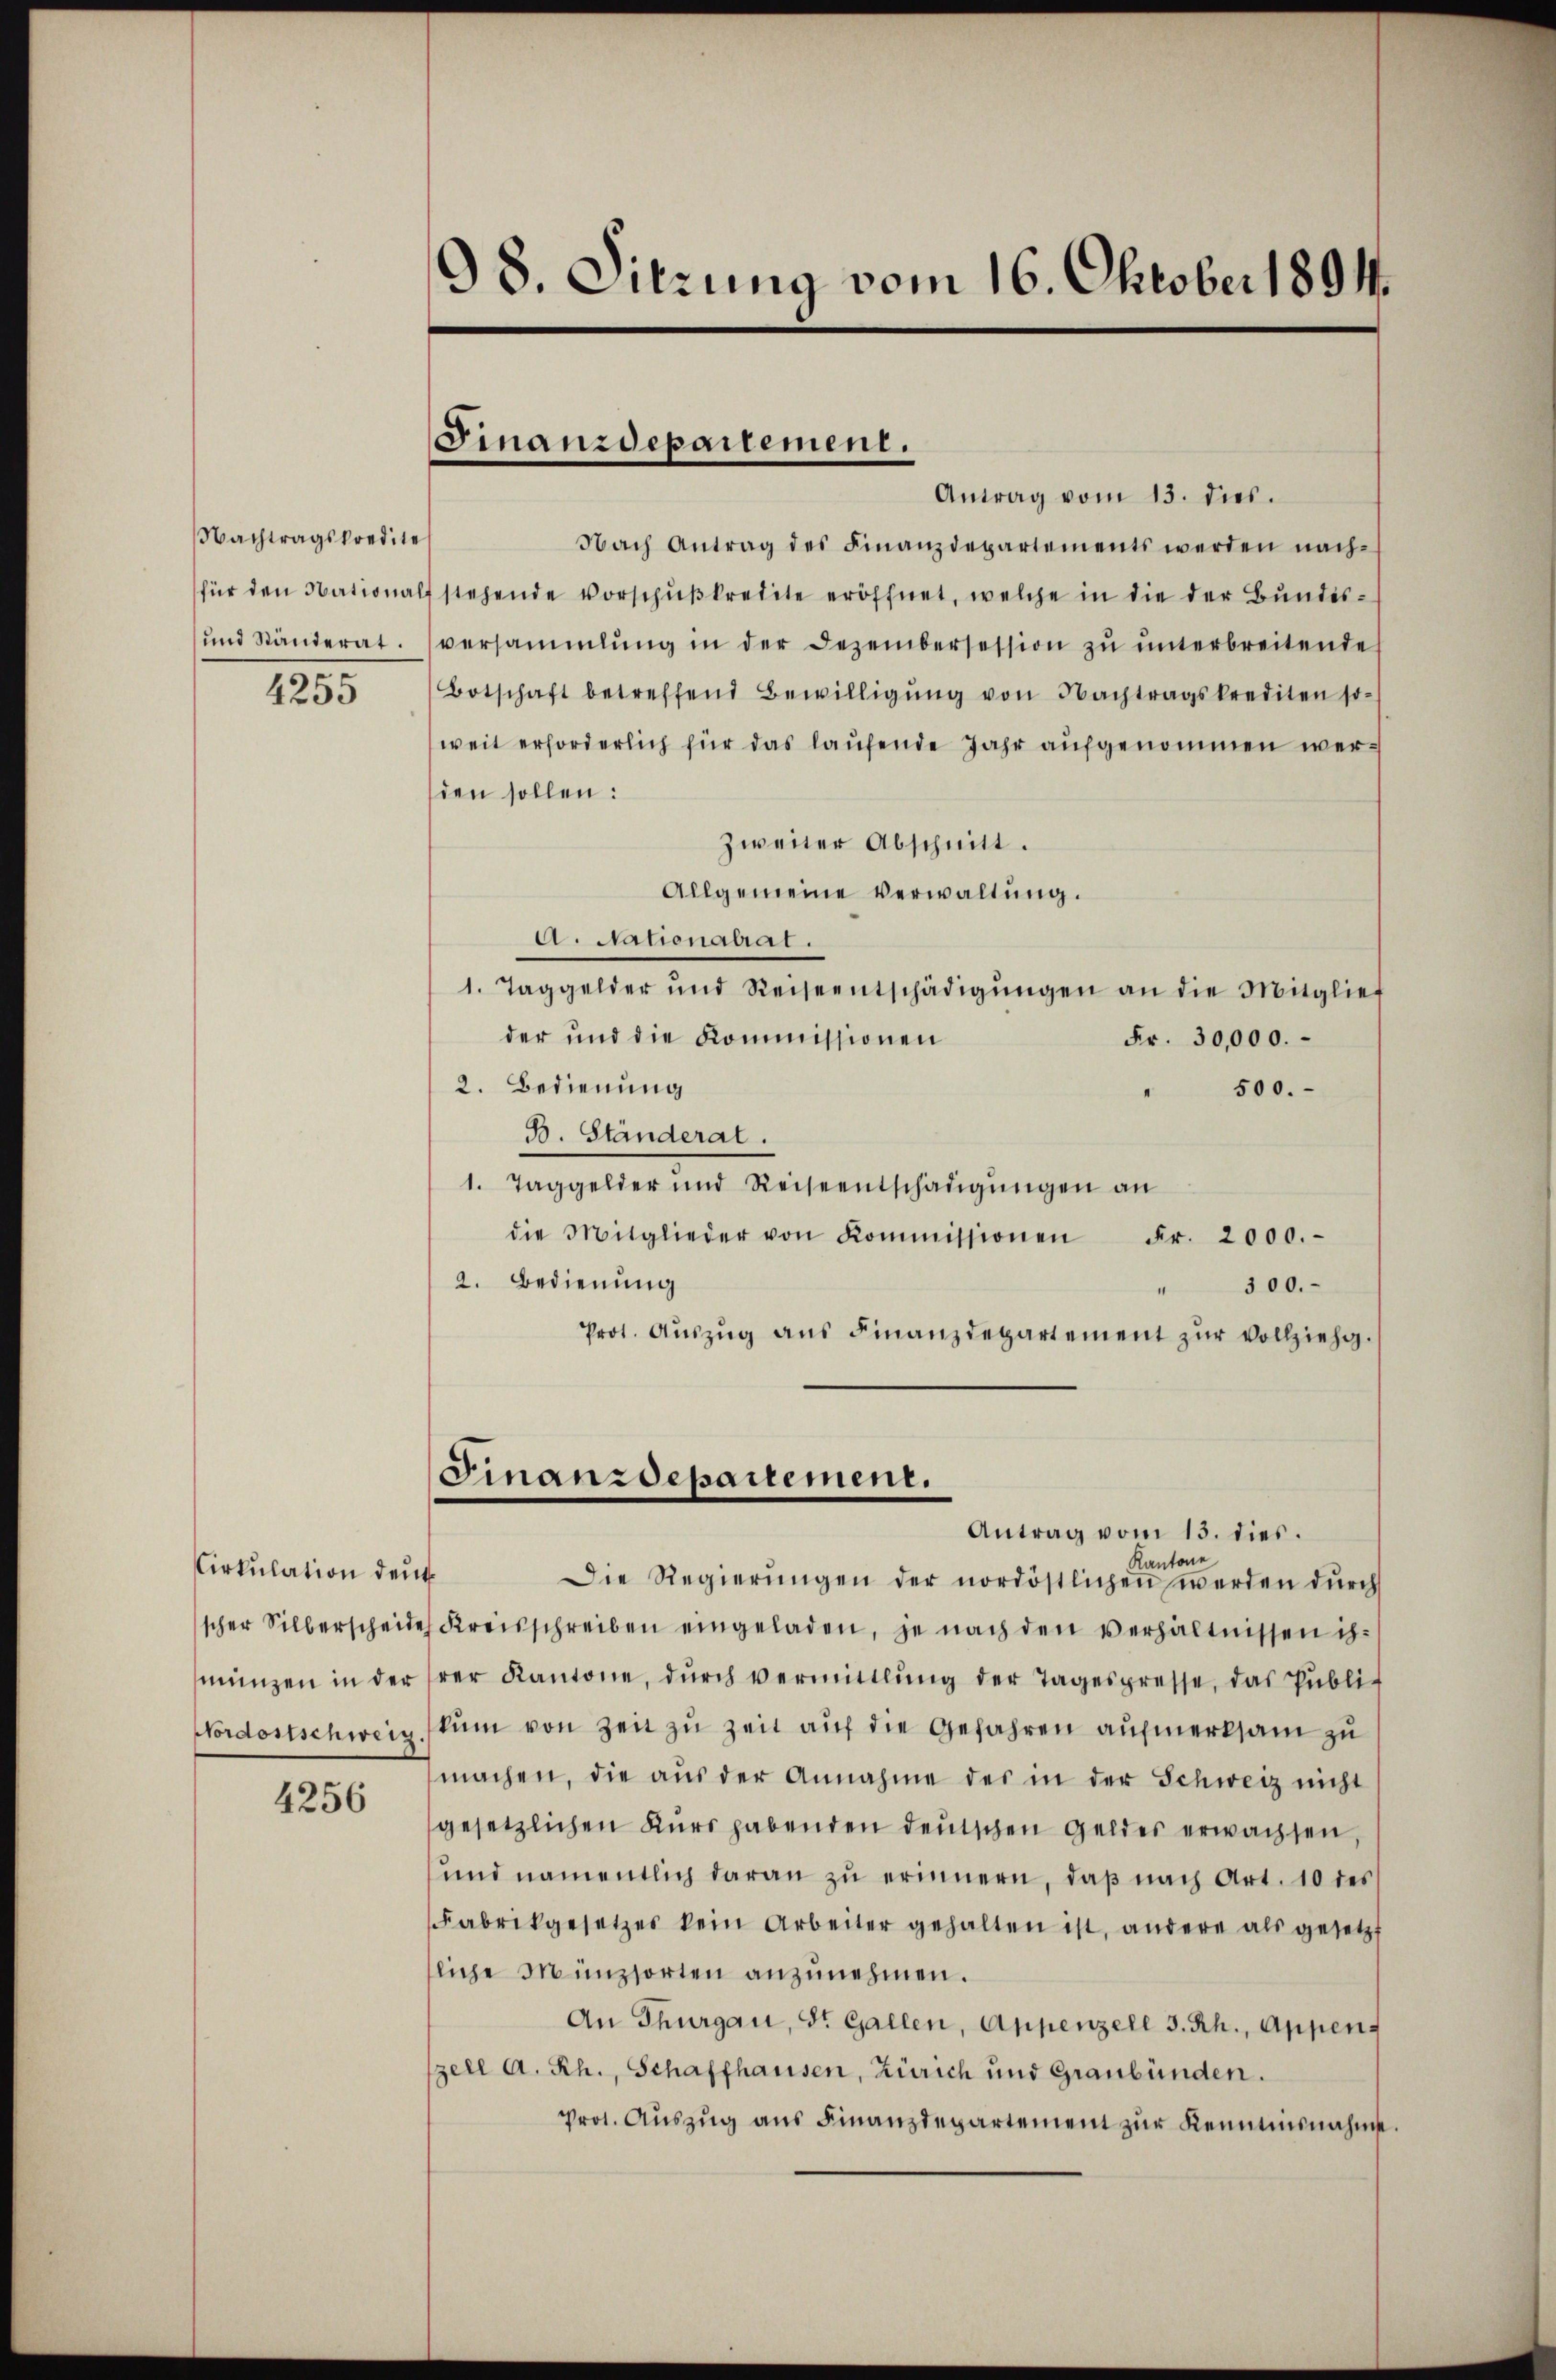
Nachtragskredite
für den National
und Ständerat.
4255

Cirkulation den
münzen in der
Nordostschweiz.

4256

98. Sitzung vom 16. Oktober 1891.

Finanzdepartement.
Antrag vom 13. dies.

Nach Antrag des Finanzdepartements werden nach-
f stehende Vorschußkredite eröffnet, welche in die der Bundesversammlung in der Dezembersession zu unterbreitende
Botschaft betreffend Bewilligŭng von Nachtragskrediten so-
weit erforderlich für das laufende Jahr aufgenommen wersden sollen:
zweiter Abschnitt.
Allgemeine Verwaltung.
A. Nationalrat.
1. Taggelder und Reiseentschädigŭngen an die Mitglief
der und die Kommissionen
Fr. 30,000.
2. Bedienung
" 500.
B. Ständerat.
1. Taggelder und Reiseentschädigŭngen an
die Mitglieder von Kommissionen Fr. 2000.-
2. Bedienung
300.
Prot. Aŭszŭg ans Finanzdepartement zŭr Vollzieht.
Finanzdepartement.
Antrag vom 13. dies.
Kantone
Die Regierŭngen der nordöstlichen werden dŭrch
scher Silberscheide Kreisschreiben eingeladen, je nach den verhältnissen ih-
rer Kantone, dŭrch vermittlung der Tagespresse, das Publi-
kŭm von Zeit zu zeit auf die Gefahren aufmerksam zu
machen, die aus der Annahme des in der Schweiz nicht
gesetzlichen Kurs habenden deutschen Geldes erwachsen,
und namentlich daran zu erinnern, daß nach Art. 10 des
Fabrikgesetzes kein Arbeiter gehalten ist, andere als gesetzt
liche Münzsorten anzŭnehmen.
An Thurgau, St. Gallen, Appenzell 3. Rh., Appen-
zell A. Rh., Schaffhausen, Zürich und Graubünden.
Prot. Aŭszŭg ans Finanzdepartement zur Kenntnisnahme.